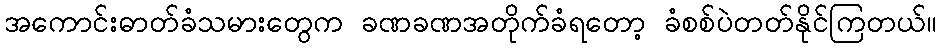
အကောင်းဓာတ်ခံသမားတွေက ခဏခဏအတိုက်ခံရတော့ ခံစစ်ပဲတတ်နိုင်ကြတယ်။